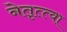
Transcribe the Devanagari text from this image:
नेतृत्त्वा